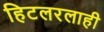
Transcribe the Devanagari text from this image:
हिटलरलाही